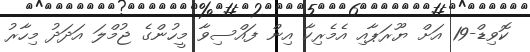
ކޮވިޑް-19 އަށް ޔޫރަޕާއި އެމެރިކާ އިން ފައްސިވާ މީހުންގެ ޖުމްލަ އަދަދު މިހާރު